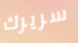
سريرك